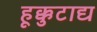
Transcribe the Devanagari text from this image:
हूक्कुटाद्य